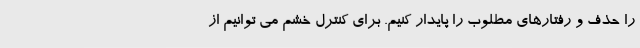
را حذف و رفتارهای مطلوب را پایدار کنیم. برای کنترل خشم می توانیم از